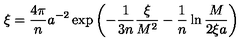
\xi = \frac { 4 \pi } { n } a ^ { - 2 } \exp \left( - \frac { 1 } { 3 n } \frac { \xi } { M ^ { 2 } } - \frac { 1 } { n } \ln \frac { M } { 2 \xi a } \right)